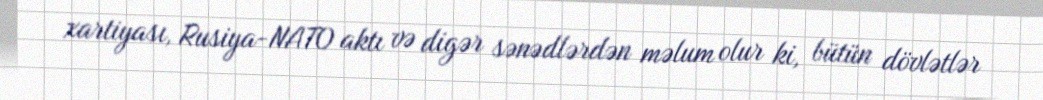
xartiyası, Rusiya-NATO aktı və digər sənədlərdən məlum olur ki, bütün dövlətlər